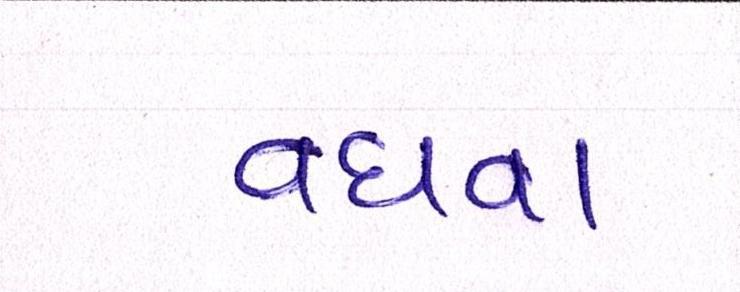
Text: વધવા